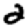
Digit: 2